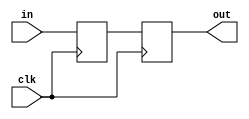
`timescale 1ns / 1ps
//////////////////////////////////////////////////////////////////////////////////
// Company: 
// Engineer: 
// 
// Design Name: 
// Module Name:    ProgramCounter 
// Project Name: 
// Target Devices: 
// Tool versions: 
// Description: 
//
// Dependencies: 
//
// Revision: 
// Revision 0.01 - File Created
// Additional Comments: 
//
//////////////////////////////////////////////////////////////////////////////////
module ProgramCounter(
    input clk,
    input [31:0] in,
    output reg [31:0] out
    );


reg [31:0] PC;

initial begin
	PC <= 0;
end

always @(posedge clk)
	out <= PC;

always @(negedge clk)
	PC <= in;

endmodule